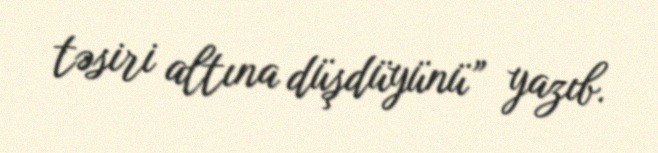
təsiri altına düşdüyünü” yazıb.